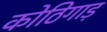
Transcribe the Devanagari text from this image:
कोठिगाड़